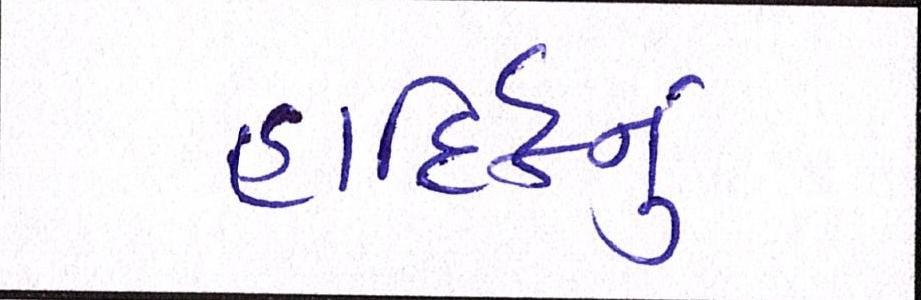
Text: હાર્દિકનું